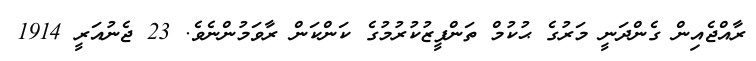
ރާއްޖެއިން ގެންދަނީ މަރުގެ ޙުކުމް ތަންފީޒުކުރުމުގެ ކަންކަން ރާވަމުންނެވެ. 23 ޖެނުއަރީ 1914